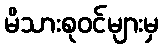
မိသားစုဝင်များမှ